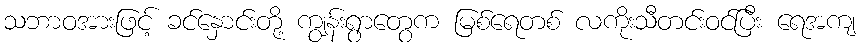
သဘာဝအားဖြင့် ခင်နှောင်းတို့ ကျွန်းရွာတွေက မြစ်ရေတစ် လကိုးသီတင်းဝင်ပြီး ရေအကျ